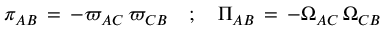
\pi _ { A B } \, = \, - \varpi _ { A C } \, \varpi _ { C B } \quad ; \quad \Pi _ { A B } \, = \, - \Omega _ { A C } \, \Omega _ { C B }